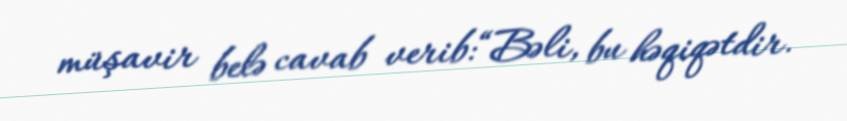
müşavir belə cavab verib:“Bəli, bu həqiqətdir.